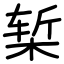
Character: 椠